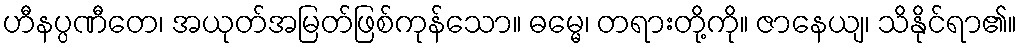
ဟီနပ္ပဏီတေ၊ အယုတ်အမြတ်ဖြစ်ကုန်သော။ ဓမ္မေ၊ တရားတို့ကို။ ဇာနေယျ၊ သိနိုင်ရာ၏။